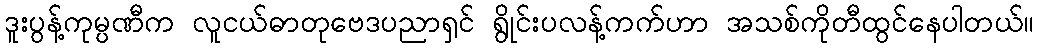
ဒူးပွန့်ကုမ္ပဏီက လူငယ်ဓာတုဗေဒပညာရှင် ရွိုင်းပလန့်ကက်ဟာ အသစ်ကိုတီထွင်နေပါတယ်။